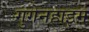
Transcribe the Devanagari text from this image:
गुगेनहाइम